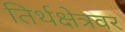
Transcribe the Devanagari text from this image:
तिर्थक्षेत्रवर